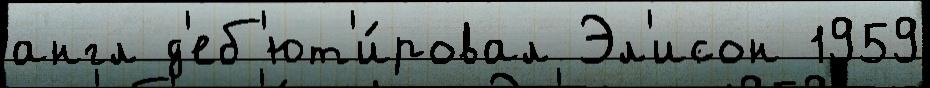
англ д'еб'ют'и́ровал Эл'исон 1959